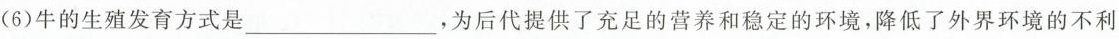
(6)牛的生殖发育方式是\underline，为后代提供了充足的营养和稳定的环境，降低了外界环境的不利